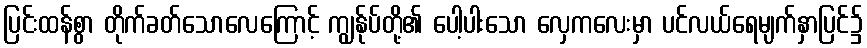
ပြင်းထန်စွာ တိုက်ခတ်သောလေကြောင့် ကျွန်ုပ်တို့၏ ပေါ့ပါးသော လှေကလေးမှာ ပင်လယ်ရေမျက်နှာပြင်၌